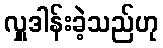
လှူဒါန်းခဲ့သည်ဟု